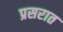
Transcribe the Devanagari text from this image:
प्रसरात